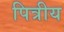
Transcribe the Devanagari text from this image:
पित्रीय